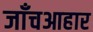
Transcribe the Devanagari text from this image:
जाँचआहार